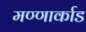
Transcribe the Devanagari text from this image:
मण्णार्काड